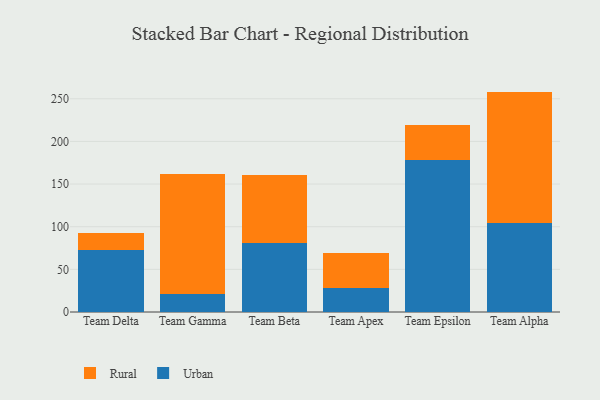
{"axis": {"x": "Team", "y": "Page Views"}, "legend": ["Rural", "Urban"], "data": [{"x": "Team Delta", "y": 73.0, "type": "Urban"}, {"x": "Team Delta", "y": 19.4, "type": "Rural"}, {"x": "Team Gamma", "y": 21.5, "type": "Urban"}, {"x": "Team Gamma", "y": 140.6, "type": "Rural"}, {"x": "Team Beta", "y": 80.7, "type": "Urban"}, {"x": "Team Beta", "y": 79.4, "type": "Rural"}, {"x": "Team Apex", "y": 27.6, "type": "Urban"}, {"x": "Team Apex", "y": 41.9, "type": "Rural"}, {"x": "Team Epsilon", "y": 178.7, "type": "Urban"}, {"x": "Team Epsilon", "y": 40.8, "type": "Rural"}, {"x": "Team Alpha", "y": 104.9, "type": "Urban"}, {"x": "Team Alpha", "y": 153.5, "type": "Rural"}]}